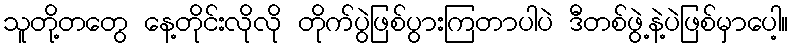
သူတို့တတွေ နေ့တိုင်းလိုလို တိုက်ပွဲဖြစ်ပွားကြတာပါပဲ ဒီတစ်ဖွဲ့နဲ့ပဲဖြစ်မှာပေါ့။